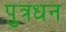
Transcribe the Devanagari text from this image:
पुत्रधन